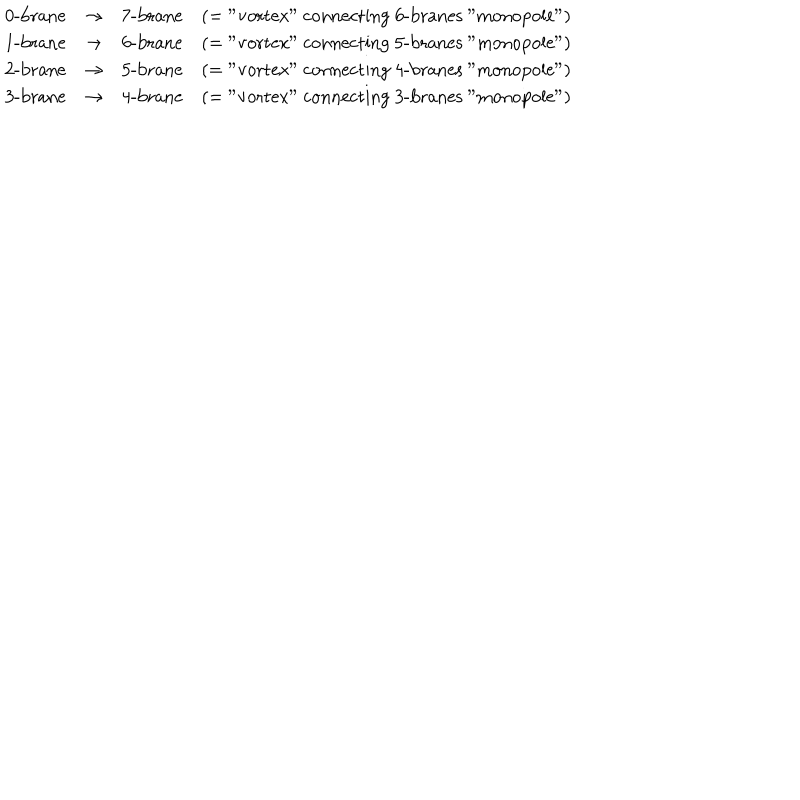
\begin{array} { c c c c } { { \mathrm { 0 - b r a n e } } } & { { \rightarrow } } & { { \mathrm { 7 - b r a n e } } } & { { ( = \mathrm { " v o r t e x " ~ c o n n e c t i n g ~ 6 - b r a n e s ~ " m o n o p o l e " } ) } } \\ { { \mathrm { 1 - b r a n e } } } & { { \rightarrow } } & { { \mathrm { 6 - b r a n e } } } & { { ( = \mathrm { " v o r t e x " ~ c o n n e c t i n g ~ 5 - b r a n e s ~ " m o n o p o l e " } ) } } \\ { { \mathrm { 2 - b r a n e } } } & { { \rightarrow } } & { { \mathrm { 5 - b r a n e } } } & { { ( = \mathrm { " v o r t e x " ~ c o n n e c t i n g ~ 4 - b r a n e s ~ " m o n o p o l e " } ) } } \\ { { \mathrm { 3 - b r a n e } } } & { { \rightarrow } } & { { \mathrm { 4 - b r a n e } } } & { { ( = \mathrm { " v o r t e x " ~ c o n n e c t i n g ~ 3 - b r a n e s ~ " m o n o p o l e " } ) } } \\ \end{array}